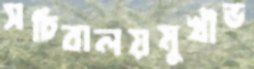
সচিবালয়মুখীভ